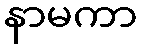
နာမကာ